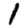
Digit: 1